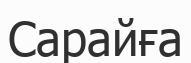
Сарайға